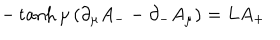
LaTeX: - \tanh \mu \left( \partial _ { \mu } A _ { - } - \partial _ { - } A _ { \mu } \right) = L A _ { + }